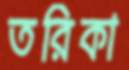
তরিকা